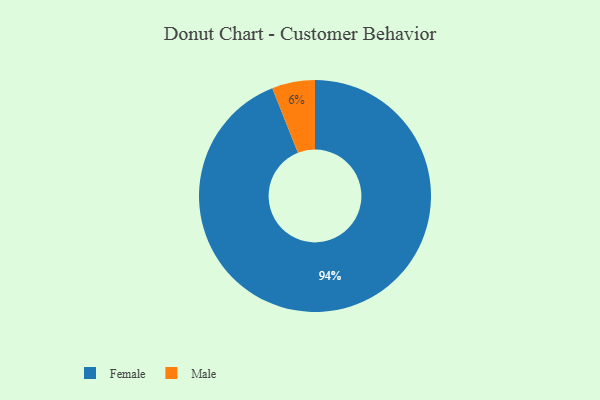
{"axis": {"x": "Category", "y": "Percentage"}, "legend": ["Female", "Male"], "data": [{"x": "Male", "y": 6, "type": "Male"}, {"x": "Female", "y": 94, "type": "Female"}]}